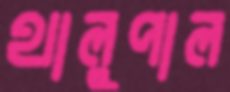
থালুপাল